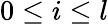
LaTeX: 0\le i\le l